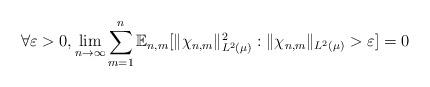
LaTeX: \begin{align*} \forall \varepsilon > 0, \lim_{n \to \infty} \sum_{m=1}^n \mathbb{E}_{n,m}[ \|\chi_{n,m} \|_{L^2(\mu)}^2 : \|\chi_{n,m} \|_{L^2(\mu)} > \varepsilon ] = 0 \end{align*}